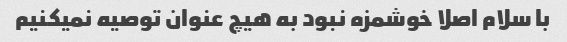
با سلام اصلا خوشمزه نبود به هیچ عنوان توصیه نمیکنیم